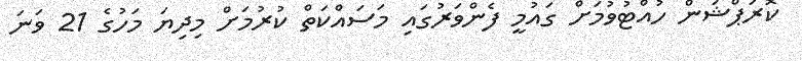
ކޮރަޕްޝަން ހުއްޓުވުމަށް ގައުމީ ފެންވަރުގައި މަސައްކަތް ކުރުމަށް މިދިޔަ މަހުގެ 21 ވަނަ